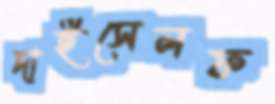
দাইসেলফ